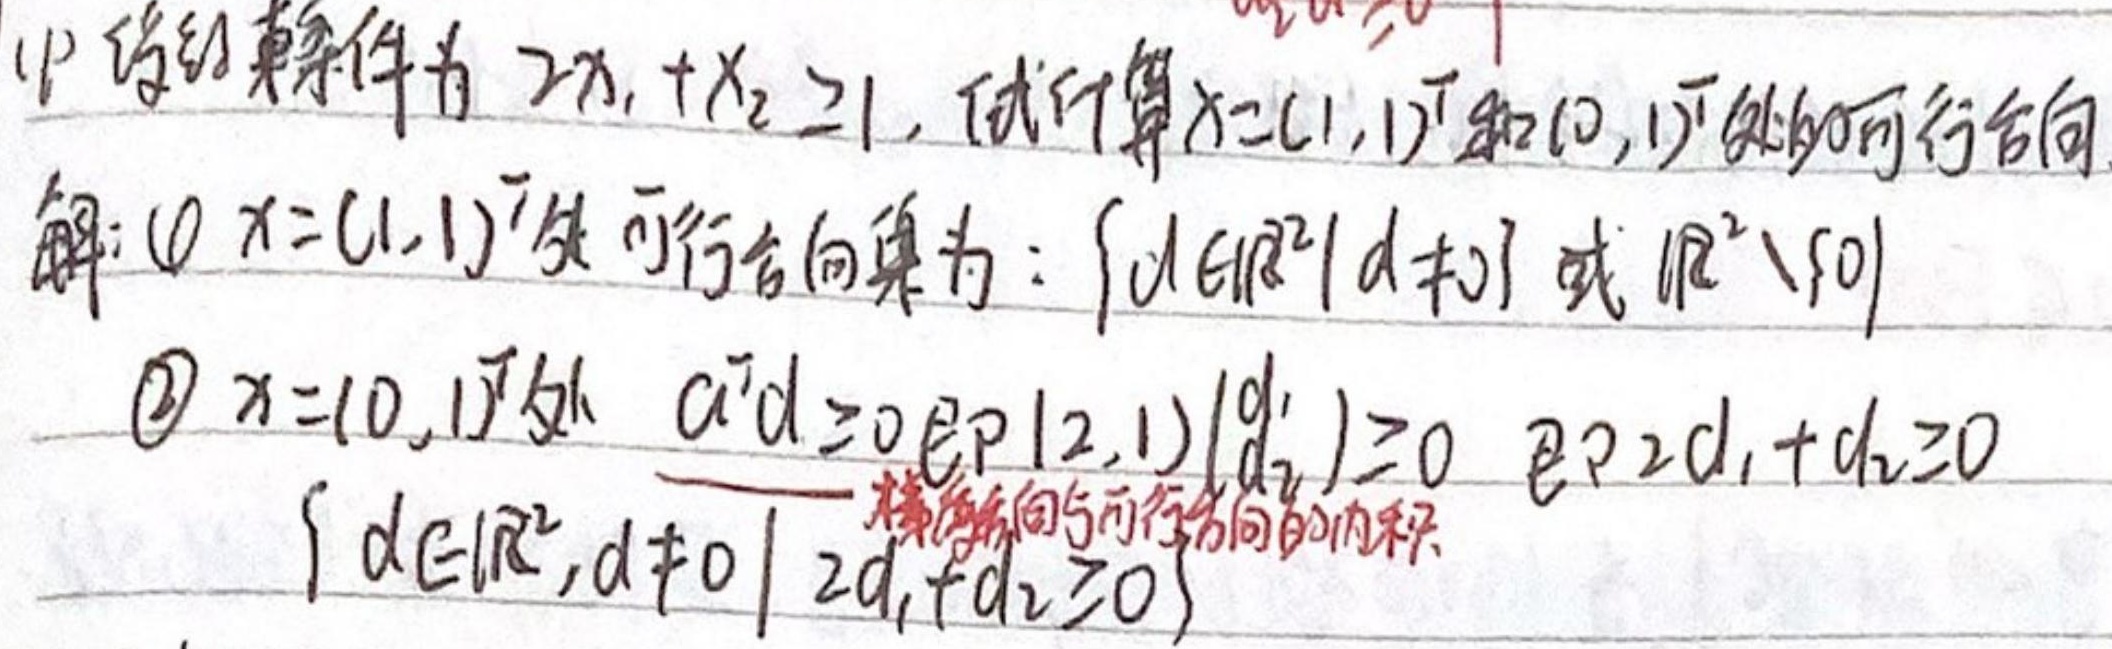
(1) 设约束条件为 \(2x_1 + x_2 \geq 1\)，试计算 \(x=(1,1)^T\) 和 \((0,1)^T\) 处的可行方向。
解：
\textcircled{1} \(x=(1,1)^T\) 处可行方向集为：\(\{d\in\mathbb{R}^2| d\neq 0\}\) 或 \(\mathbb{R}^2\setminus\{0\}\)。
\textcircled{2} \(x=(0,1)^T\) 处，\(a^Td \geq 0\)，即 \((2,1)\begin{pmatrix}d_1\\d_2\end{pmatrix}\geq 0\)，即 \(2d_1 + d_2\geq 0\)，可行方向集为 \(\{d\in\mathbb{R}^2, d\neq 0| 2d_1 + d_2\geq 0\}\)。

梯度方向与可行方向的内积